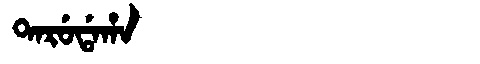
Manchu: ᡨᠠᡵᡠᡩᠠᡥᠠ
Romanization: TARUDAHA